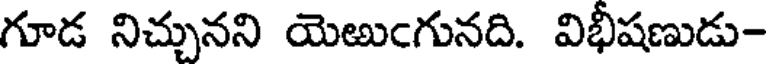
గూడ నిచ్చునని యెఱుఁగునది. విభీషణుడు-